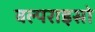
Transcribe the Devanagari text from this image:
वल्पराइसो